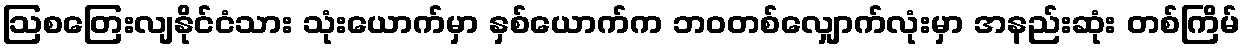
ဩစတြေးလျနိုင်ငံသား သုံးယောက်မှာ နှစ်ယောက်က ဘဝတစ်လျှောက်လုံးမှာ အနည်းဆုံး တစ်ကြိမ်